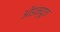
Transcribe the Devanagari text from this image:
ऑडम्यूज